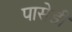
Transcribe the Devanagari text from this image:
पासेडी